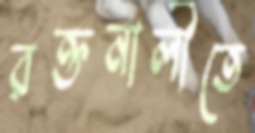
রক্তনালীতে